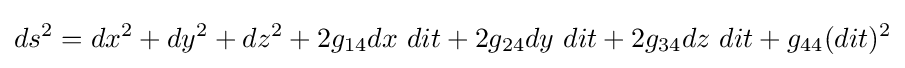
{ds^{2}=dx^{2}+dy^{2}+dz^{2}+2g_{14}dx\ dit+2g_{24}dy\ dit+2g_{34}dz\ dit+g_{44}(dit)^{2}}